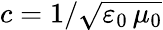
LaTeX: c=1/\sqrt{\varepsilon_{0}\, \mu_{0}}